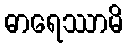
ဓာရေဿာမိ